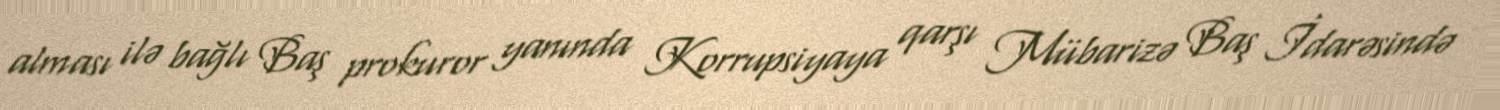
alması ilə bağlı Baş prokuror yanında Korrupsiyaya qarşı Mübarizə Baş İdarəsində